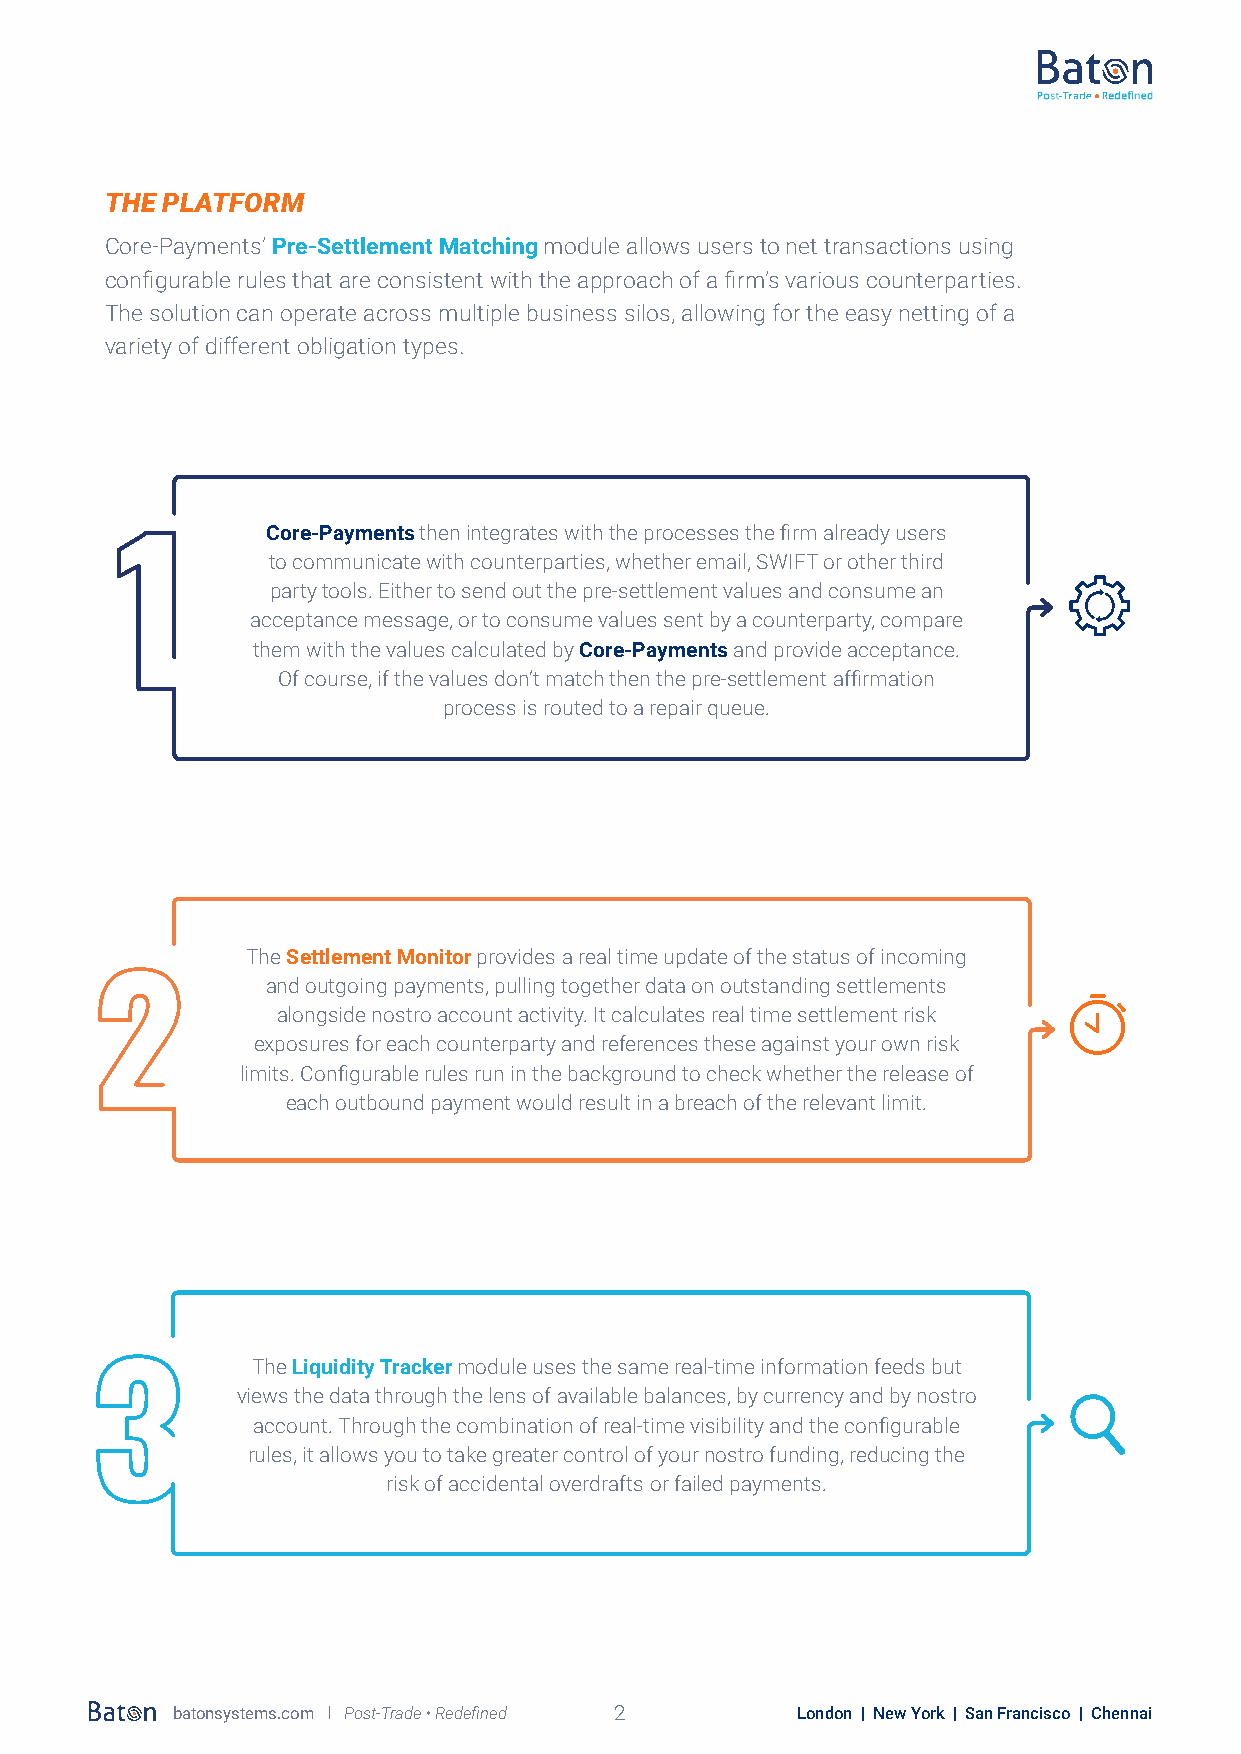
THE PLATFORM
 Core-Payments’ Pre-Settlement Matching module allows users to net transactions using
 configurable rules that are consistent with the approach of a firm’s various counterparties.
 The solution can operate across multiple business silos, allowing for the easy netting of a
 variety of different obligation types.
 Core-Payments then integrates with the processes the firm already users
 to communicate with counterparties, whether email, SWIFT or other third
 party tools. Either to send out the pre-settlement values and consume an
 acceptance message, or to consume values sent by a counterparty, compare
 them with the values calculated by Core-Payments and provide acceptance.
 Of course, if the values don’t match then the pre-settlement affirmation
 process is routed to a repair queue.
 The Settlement Monitor provides a real time update of the status of incoming
 and outgoing payments, pulling together data on outstanding settlements
 alongside nostro account activity. It calculates real time settlement risk
 exposures for each counterparty and references these against your own risk
 limits. Configurable rules run in the background to check whether the release of
 each outbound payment would result in a breach of the relevant limit.
 The Liquidity Tracker module uses the same real-time information feeds but
 views the data through the lens of available balances, by currency and by nostro
 account. Through the combination of real-time visibility and the configurable
 rules, it allows you to take greater control of your nostro funding, reducing the
 risk of accidental overdrafts or failed payments.
 batonsystems.com l Post-Trade • Redefined 2 London | New York | San Francisco | Chennai